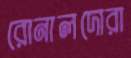
রোনালদোরা